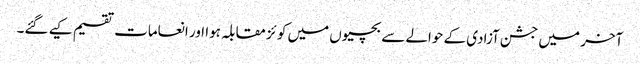
آخر میں جشن آزادی کے حوالے سے بچیوں میں کو ئز مقابلہ ہوا اور انعامات تقسیم کیے گئے۔